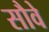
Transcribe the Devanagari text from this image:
सौवे